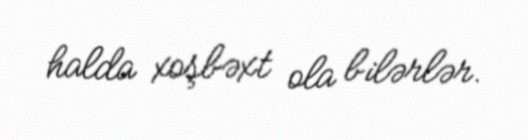
halda xoşbəxt ola bilərlər.